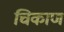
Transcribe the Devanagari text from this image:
चिकाण